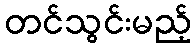
တင်သွင်းမည့်